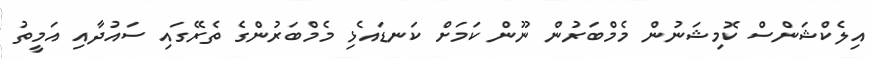
އިލެކްޝަންސް ކޮމިޝަނުން މެމްބަރުން ނޫން ކަމަށް ކަނޑައެޅި މެމްބަރުންގެ ތެރޭގައި ސައުދާއި އަމީތު